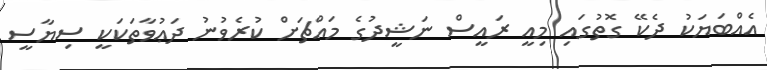
އެއްބަޔަކު ދެކޭ ގޮތުގައި މިއީ ރައީސް ނަޝީދުގެ މައްޗަށް ކުރެވުނު ދަޢުވާތަކަކީ ސިޔާސީ